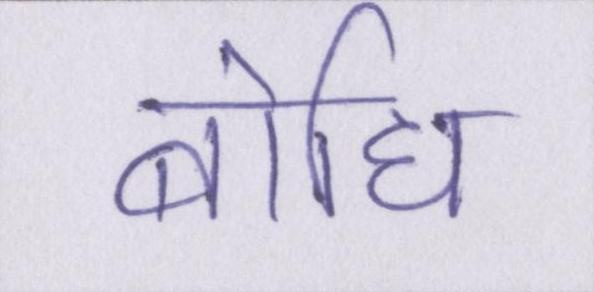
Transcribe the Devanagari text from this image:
बोधि